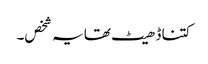
کتنا ڈھیٹ تھا یہ شخص۔